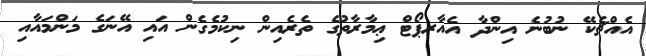
އެއްޗެކޭ ނުބުނެ އިންދާ އެއާރޕޯޓް ޢިމާރާތުގެ ތެރެއިން ނިކުމެގެން އައި އޭނަގެ މަންމައާއި